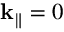
\mathbf { k } _ { \| } = 0